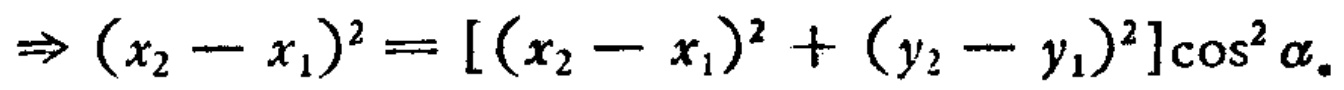
\(\Rightarrow (x_{2}-x_{1})^{2}=[(x_{2}-x_{1})^{2}+(y_{2}-y_{1})^{2}]\cos^{2}\alpha\)